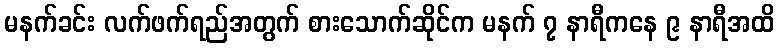
မနက်ခင်း လက်ဖက်ရည်အတွက် စားသောက်ဆိုင်က မနက် ၇ နာရီကနေ ၉ နာရီအထိ